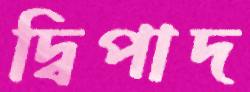
দ্বিপাদ